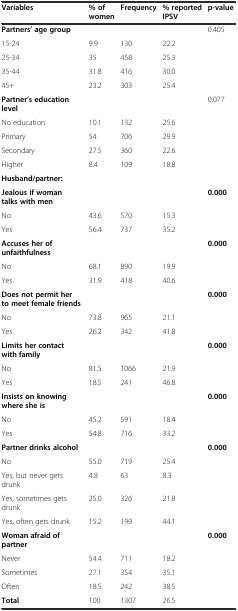
<table><thead><tr><td><b>Variables</b></td><td><b>% of women</b></td><td><b>Frequency</b></td><td><b>% reported IPSV</b></td><td><b>p-value</b></td></tr></thead><tbody><tr><td><b>Partners’ age group</b></td><td></td><td></td><td></td><td>0.405</td></tr><tr><td>15-24</td><td>9.9</td><td>130</td><td>22.2</td><td></td></tr><tr><td>25-34</td><td>35</td><td>458</td><td>25.3</td><td></td></tr><tr><td>35-44</td><td>31.8</td><td>416</td><td>30.0</td><td></td></tr><tr><td>45+</td><td>23.2</td><td>303</td><td>25.4</td><td></td></tr><tr><td><b>Partner’s education level</b></td><td></td><td></td><td></td><td>0.077</td></tr><tr><td>No education</td><td>10.1</td><td>132</td><td>25.6</td><td></td></tr><tr><td>Primary</td><td>54</td><td>706</td><td>29.9</td><td></td></tr><tr><td>Secondary</td><td>27.5</td><td>360</td><td>22.6</td><td></td></tr><tr><td>Higher</td><td>8.4</td><td>109</td><td>18.8</td><td></td></tr><tr><td><b>Husband/partner:</b></td><td></td><td></td><td></td><td></td></tr><tr><td><b>Jealous if woman talks with men</b></td><td></td><td></td><td></td><td><b>0.000</b></td></tr><tr><td>No</td><td>43.6</td><td>570</td><td>15.3</td><td></td></tr><tr><td>Yes</td><td>56.4</td><td>737</td><td>35.2</td><td></td></tr><tr><td><b>Accuses her of unfaithfulness</b></td><td></td><td></td><td></td><td><b>0.000</b></td></tr><tr><td>No</td><td>68.1</td><td>890</td><td>19.9</td><td></td></tr><tr><td>Yes</td><td>31.9</td><td>418</td><td>40.6</td><td></td></tr><tr><td><b>Does not permit her to meet female friends</b></td><td></td><td></td><td></td><td><b>0.000</b></td></tr><tr><td>No</td><td>73.8</td><td>965</td><td>21.1</td><td></td></tr><tr><td>Yes</td><td>26.2</td><td>342</td><td>41.8</td><td></td></tr><tr><td><b>Limits her contact with family</b></td><td></td><td></td><td></td><td><b>0.000</b></td></tr><tr><td>No</td><td>81.5</td><td>1066</td><td>21.9</td><td></td></tr><tr><td>Yes</td><td>18.5</td><td>241</td><td>46.8</td><td></td></tr><tr><td><b>Insists on knowing where she is</b></td><td></td><td></td><td></td><td><b>0.000</b></td></tr><tr><td>No</td><td>45.2</td><td>591</td><td>18.4</td><td></td></tr><tr><td>Yes</td><td>54.8</td><td>716</td><td>33.2</td><td></td></tr><tr><td><b>Partner drinks alcohol</b></td><td></td><td></td><td></td><td><b>0.000</b></td></tr><tr><td>No</td><td>55.0</td><td>719</td><td>25.4</td><td></td></tr><tr><td>Yes, but never gets drunk</td><td>4.8</td><td>63</td><td>8.3</td><td></td></tr><tr><td>Yes, sometimes gets drunk</td><td>25.0</td><td>326</td><td>21.8</td><td></td></tr><tr><td>Yes, often gets drunk</td><td>15.2</td><td>199</td><td>44.1</td><td></td></tr><tr><td><b>Woman afraid of partner</b></td><td></td><td></td><td></td><td><b>0.000</b></td></tr><tr><td>Never</td><td>54.4</td><td>711</td><td>18.2</td><td></td></tr><tr><td>Sometimes</td><td>27.1</td><td>354</td><td>35.1</td><td></td></tr><tr><td>Often</td><td>18.5</td><td>242</td><td>38.5</td><td></td></tr><tr><td><b>Total</b></td><td>100</td><td>1307</td><td>26.5</td><td></td></tr></tbody></table>